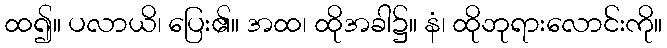
ထ၍။ ပလာယိ၊ ပြေး၏။ အထ၊ ထိုအခါ၌။ နံ၊ ထိုဘုရားလောင်းကို။